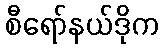
စီရော်နယ်ဒိုက